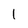
Character: l